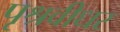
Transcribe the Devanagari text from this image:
पृश्रवीधर